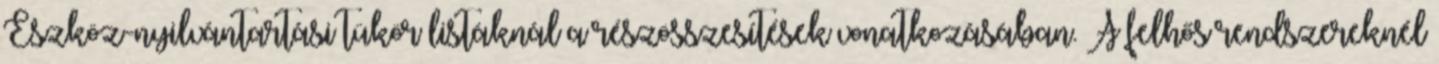
Eszköz-nyilvántartási tükör listáknál a részösszesítések vonatkozásában. A felhős rendszereknél